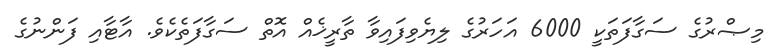
މިޞްރުގެ ސަގާފަތަކީ 6000 އަހަރުގެ ލިޔެވިފައިވާ ތާރީޚެއް އޮތް ސަގާފަތެކެވެ. އާޓާއި ފަންނުގެ